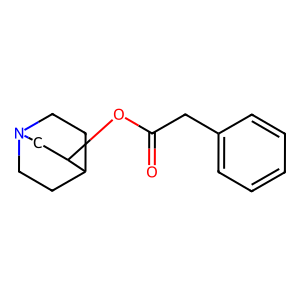
SMILES: O=C(Cc1ccccc1)OC1CN2CCC1CC2
Inhibits HIV replication: No